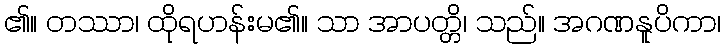
၏။ တဿာ၊ ထိုရဟန်းမ၏။ သာ အာပတ္တိ၊ သည်။ အဂဏနူပိကာ၊